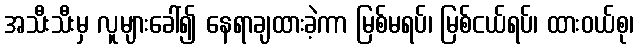
အသီးသီးမှ လူများခေါ်၍ နေရာချထားခဲ့ကာ မြစ်မရပ်၊ မြစ်ငယ်ရပ်၊ ထားဝယ်စု၊